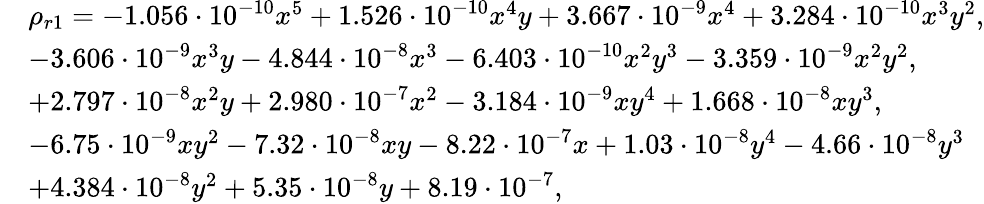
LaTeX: \begin{array}{rl}&{\rho_{r1}=-1.056\cdot 10^{-10}x^{5}+1.526\cdot 10^{-10}x^{4}y+3.667\cdot 10^{-9}x^{4}+3.284\cdot 10^{-10}x^{3}y^{2},}\\ &{-3.606\cdot 10^{-9}x^{3}y-4.844\cdot 10^{-8}x^{3}-6.403\cdot 10^{-10}x^{2}y^{3}-3.359\cdot 10^{-9}x^{2}y^{2},}\\ &{+2.797\cdot 10^{-8}x^{2}y+2.980\cdot 10^{-7}x^{2}-3.184\cdot 10^{-9}xy^{4}+1.668\cdot 10^{-8}xy^{3},}\\ &{-6.75\cdot 10^{-9}xy^{2}-7.32\cdot 10^{-8}xy-8.22\cdot 10^{-7}x+1.03\cdot 10^{-8}y^{4}-4.66\cdot 10^{-8}y^{3}}\\ &{+4.384\cdot 10^{-8}y^{2}+5.35\cdot 10^{-8}y+8.19\cdot 10^{-7},}\end{array}